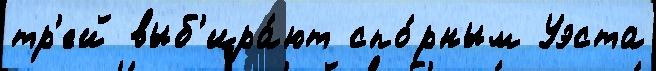
тр'ей выб'ира́ют спо́рным Уэста